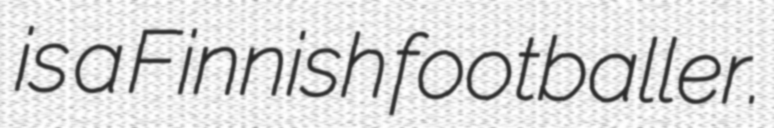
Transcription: is a Finnish footballer.